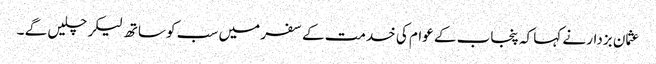
عثمان بزدار نے کہا کہ پنجاب کے عوام کی خدمت کے سفر میں سب کو ساتھ لیکر چلیں گے ۔